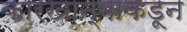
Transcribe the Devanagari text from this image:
कारखान्याकडून